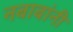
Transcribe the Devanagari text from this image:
नबाबांनी